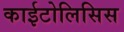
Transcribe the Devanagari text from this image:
काईटोलिसिस